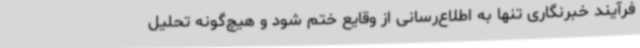
فرآیند خبرنگاری تنها به اطلاع‌رسانی از وقایع ختم شود و هیچ‌گونه تحلیل